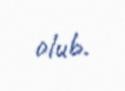
olub.